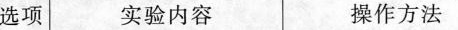
选项 实验内容 操作方法